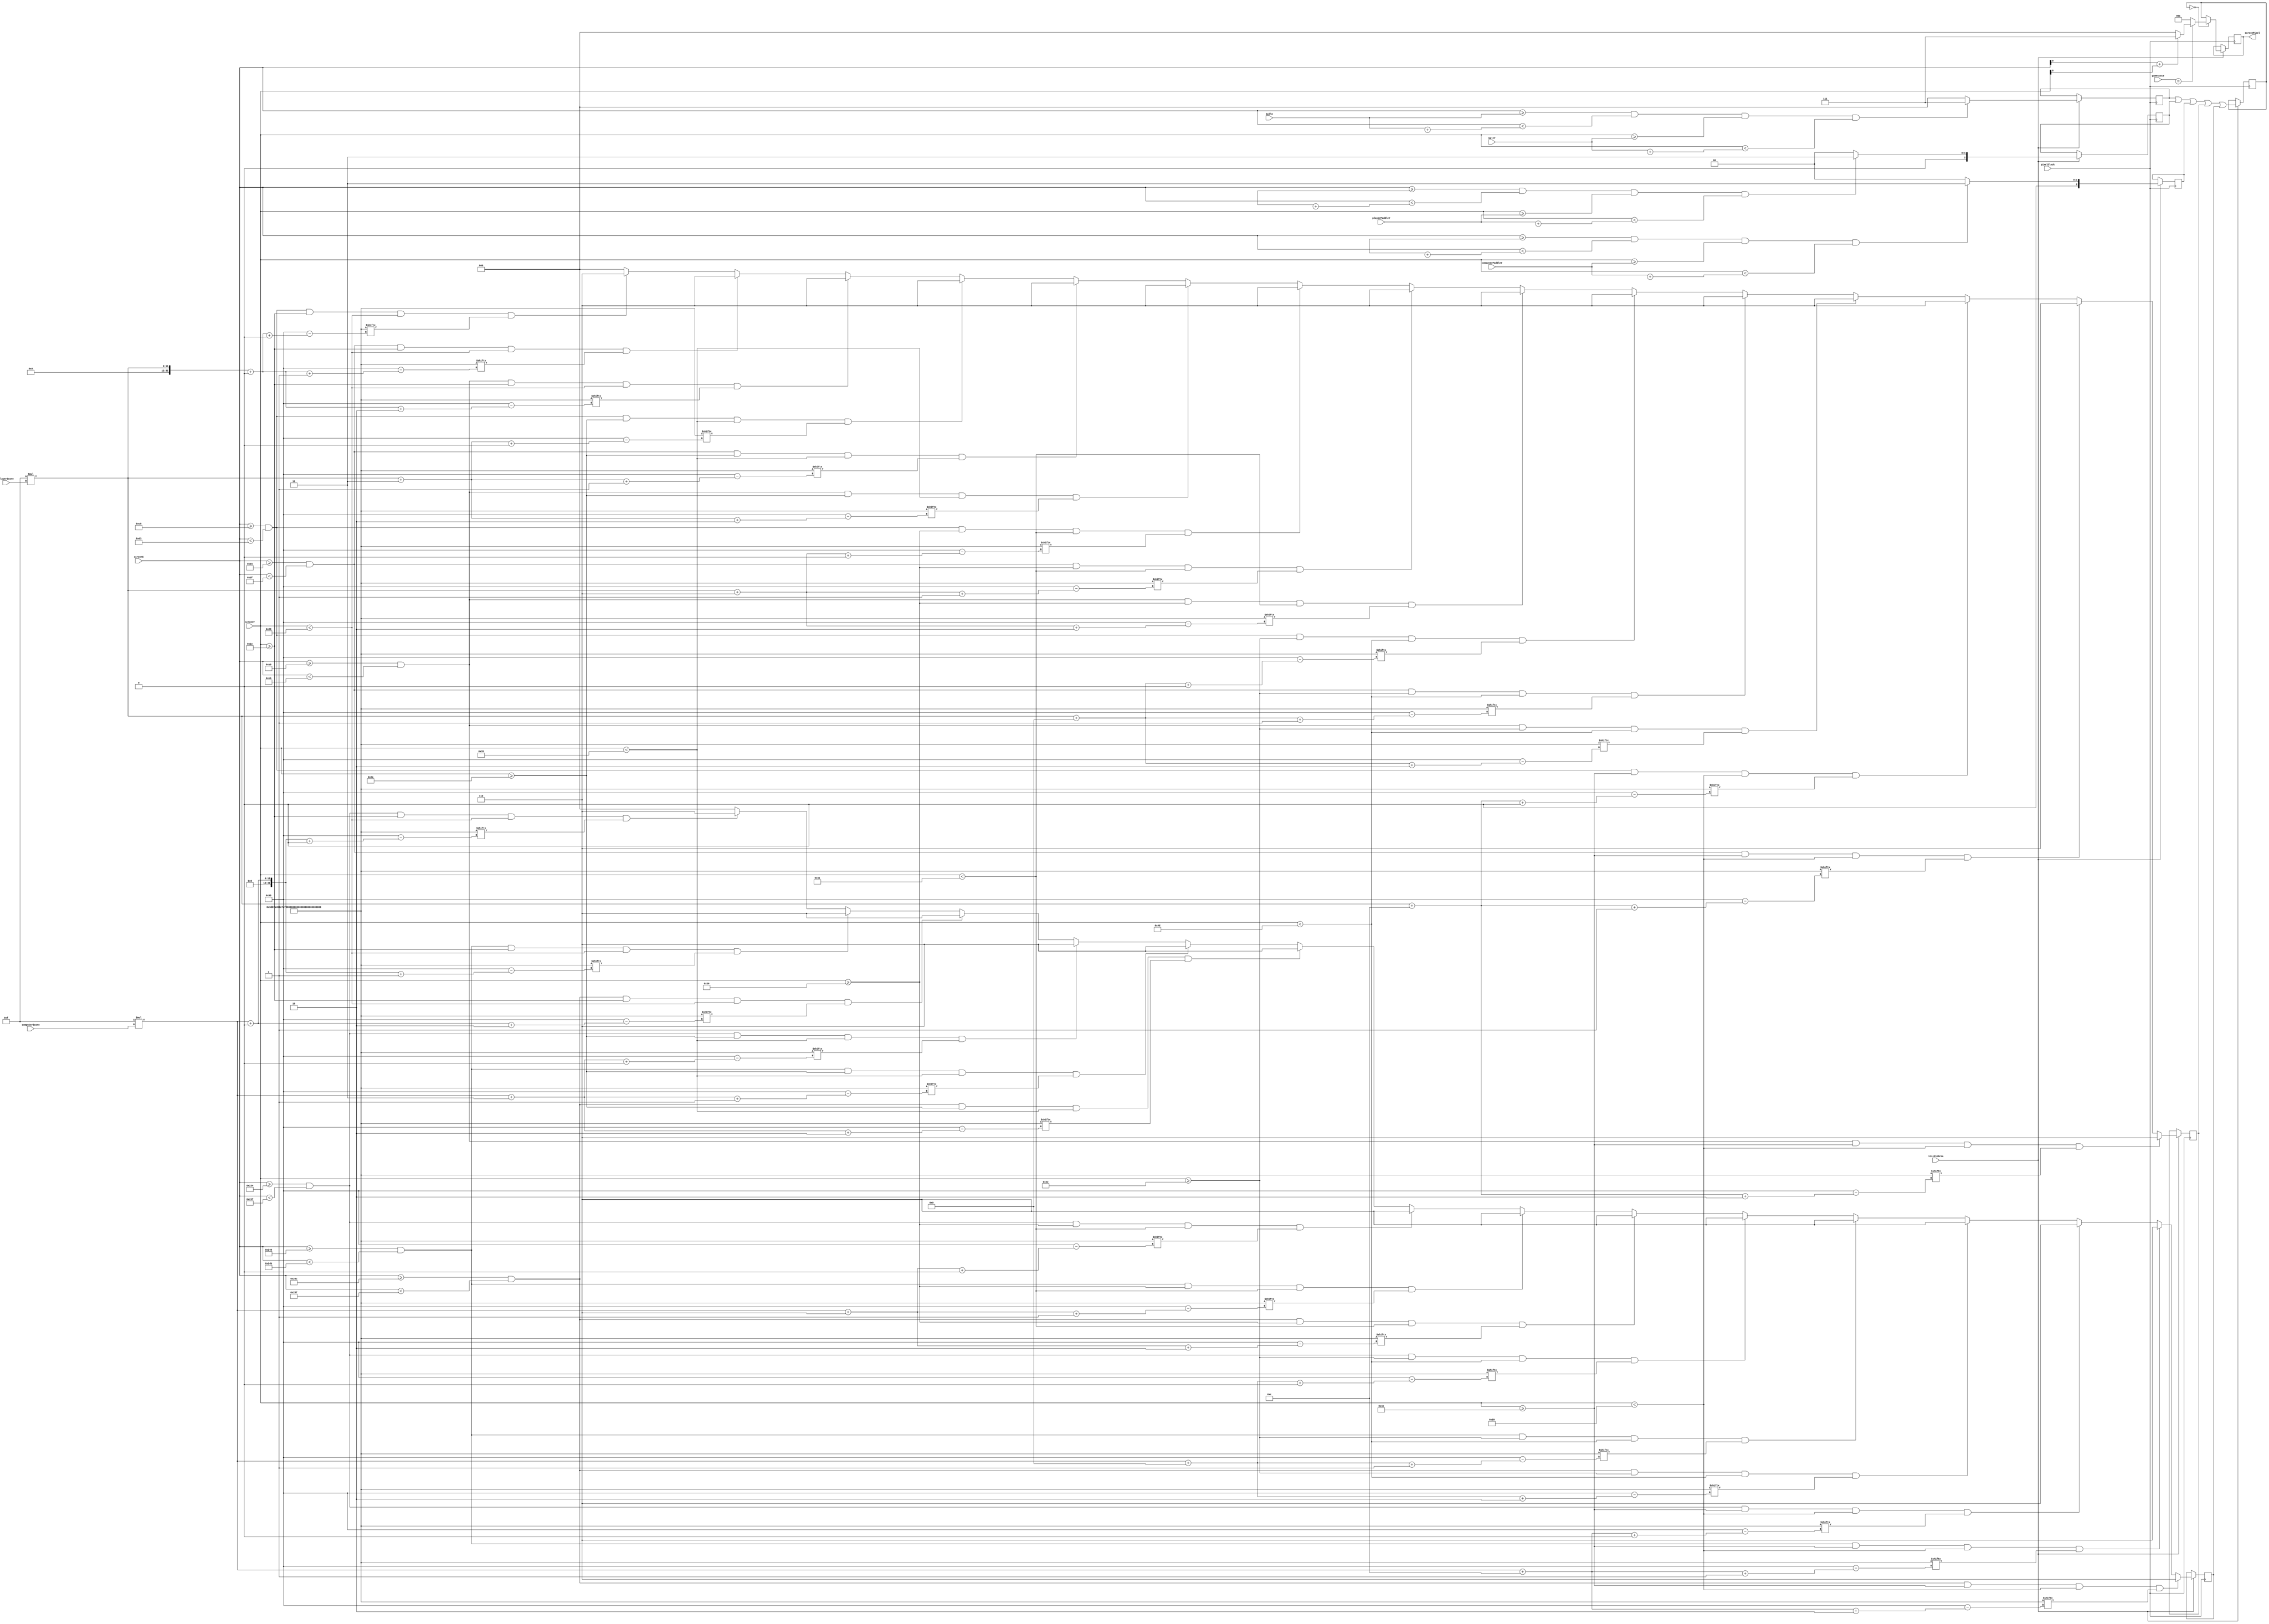
module Renderer(
	input pixelClock,
	input visibleArea,
	input [7:0] gameState,
	input [15:0] screenX,
	input [15:0] screenY,
	input [15:0] ballX,
	input [15:0] ballY,
	input [15:0] playerPaddleY,
	input [15:0] computerPaddleY,
	input [7:0] playerScore,
	input [7:0] computerScore,
	output reg [2:0] screenPixel
);

// Colors
localparam
	black = 3'b000,
	blue = 3'b001,
	green = 3'b010,
	cyan = 3'b011,
	red = 3'b100,
	magenta = 3'b101,
	yellow = 3'b110,
	white = 3'b111;

// Character graphics for digits 9-0.
localparam [149:0] digits = {	
	15'b111101101101111,
	15'b010010010010010,
	15'b111001111100111,
	15'b111001111001111,
	15'b101101111001001,
	15'b111100111001111,
	15'b111100111101111,
	15'b111001001001001,
	15'b111101111101111,
	15'b111101111001001
};

reg [2:0] gameOverBackgroundColor = white;
reg [2:0] backgroundColor = blue;

reg [7:0] digitX;
reg [7:0] digitY;

reg [2:0] ballPixel;
reg [2:0] playerPaddlePixel;
reg [2:0] computerPaddlePixel;
reg [2:0] computedPixel;
reg [2:0] playerDigitPixel;
reg [2:0] computerDigitPixel;

always @(posedge pixelClock)
begin
	if (visibleArea)
	begin
		if (screenX >= ballX
			& screenX < ballX + Ball.width
			& screenY >= ballY
			& screenY < ballY + Ball.height)
			ballPixel <= white;
		else
			ballPixel <= black;

		if (screenX >= PlayerPaddle.x
			& screenX < PlayerPaddle.x + PlayerPaddle.width
			& screenY >= playerPaddleY
			& screenY < playerPaddleY + PlayerPaddle.height)
			playerPaddlePixel <= cyan;
		else
			playerPaddlePixel <= black;

		if (screenX >= ComputerPaddle.x
			& screenX < ComputerPaddle.x + ComputerPaddle.width
			& screenY >= computerPaddleY
			& screenY < computerPaddleY + ComputerPaddle.height)
			computerPaddlePixel <= cyan;
		else
			computerPaddlePixel <= black;

		playerDigitPixel <= black;
		computerDigitPixel <= black;

		// Scan through 3x5 pixels of player and computer score digits.
		for (digitY = 8'd0; digitY < 8'd5; digitY = digitY + 1'b1)
			begin
				for (digitX = 8'd0; digitX < 8'd3; digitX = digitX + 1'b1)
					begin
						if (screenX >= digitX * 12 + 200
							& screenX < digitX * 12 + 211
							& screenY >= digitY * 12 + 30
							& screenY < digitY * 12 + 41
							& digits[149 - (15 * playerScore + digitY * 3 + digitX)])
							playerDigitPixel <= yellow;

						if (screenX >= digitX * 12 + 564
							& screenX < digitX * 12 + 575
							& screenY >= digitY * 12 + 30
							& screenY < digitY * 12 + 41
							& digits[149 - (15 * computerScore + digitY * 3 + digitX)])
							computerDigitPixel <= yellow;
					end
			end

		computedPixel <= ballPixel | playerPaddlePixel | computerPaddlePixel | playerDigitPixel | computerDigitPixel;

		if (computedPixel == black)  // Black gets replaced by background color.
			if (gameState == GameState.stateGameOver)
				// Produce a checkerboard dither pattern with black and background color.
				// Makes background "dim" when game is over.
				if (screenX[0] + screenY[0])
					screenPixel <= gameOverBackgroundColor;
				else
					screenPixel <= black;
			else
				screenPixel <= backgroundColor;
		else
			screenPixel <= computedPixel;
	end
end

endmodule